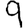
Digit: 9